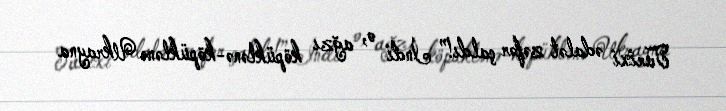
Tarixi ədalət zəfər çaldı!” İndi o, ağzı köpüklənə-köpüklənə Ukrayna